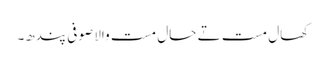
کھال مست تے حال مست والا صوفی پندھ۔